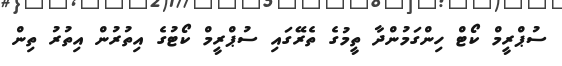
ސުޕްރީމް ކޯޓް ހިންގަމުންދާ ތީމުގެ ތެރޭގައި ސުޕްރީމް ކޯޓުގެ އިތުރުން އިތުރު ތިން